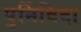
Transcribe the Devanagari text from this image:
पुर्निविदा